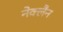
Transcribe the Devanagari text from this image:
नेक्लैन